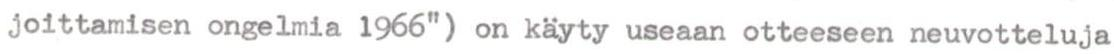
joittamisen ongelmia 1966") on käyty useaan otteeseen neuvotteluja